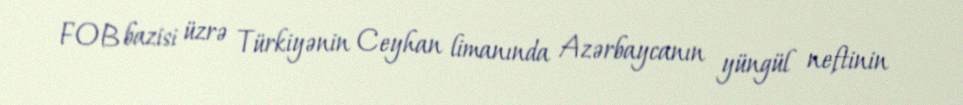
FOB bazisi üzrə Türkiyənin Ceyhan limanında Azərbaycanın yüngül neftinin